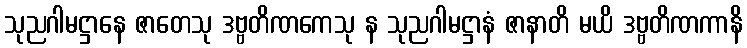
သုညဂါမဋ္ဌာနေ ဇာတေသု ဒဗ္ဗတိဏကေသု န သုညဂါမဋ္ဌာနံ ဇာနာတိ မယိ ဒဗ္ဗတိဏကာနိ